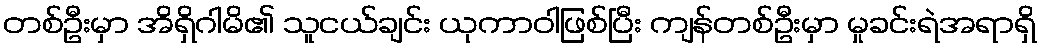
တစ်ဦးမှာ အိရှိဂါမိ၏ သူငယ်ချင်း ယုကာဝါဖြစ်ပြီး ကျန်တစ်ဦးမှာ မှုခင်းရဲအရာရှိ